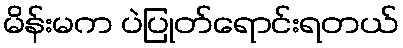
မိန်းမက ပဲပြုတ်ရောင်းရတယ်